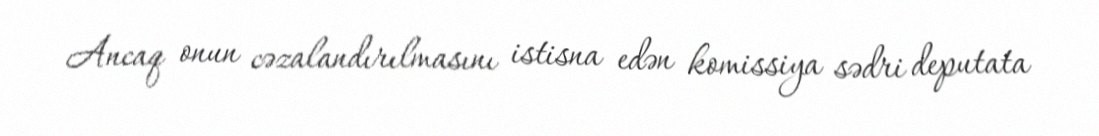
Ancaq onun cəzalandırılmasını istisna edən komissiya sədri deputata